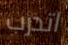
اتدرب